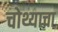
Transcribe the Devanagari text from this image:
चोथ्याचा